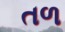
તળ